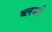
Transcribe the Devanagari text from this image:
ब्लर्ब्स